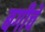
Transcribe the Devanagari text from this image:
बगीचें